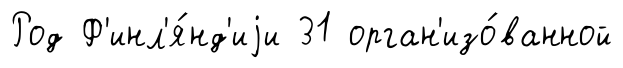
Род Ф'инл'я́нд'иjи 31 орган'изо́ванной